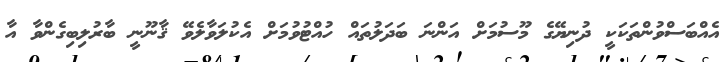
އެއްބަސްވުންތަކަކީ ދުނިޔޭގެ މޫސުމަށް އަންނަ ބަދަލުތައް ހުއްޓުވުމަށް އެކުލަވާލެވޭ ޤާނޫނީ ބާރުލިބިގެންވާ އާ